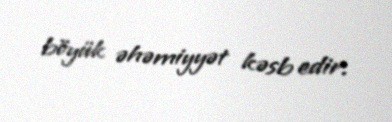
böyük əhəmiyyət kəsb edir.